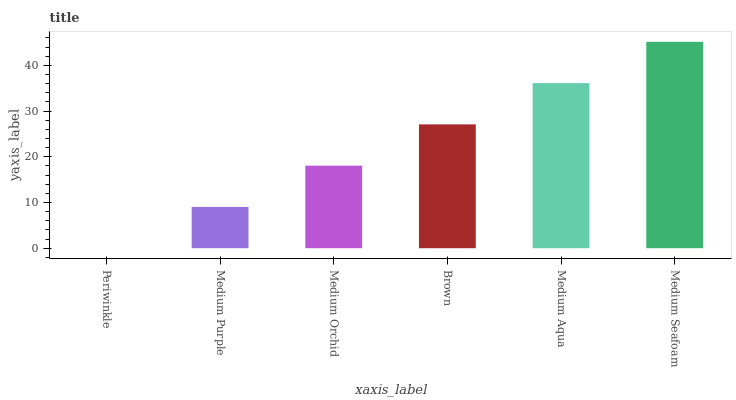
| xaxis_label | bars |
 | --- | --- |
 | Periwinkle | 0 |
 | Medium Purple | 9.03 |
 | Medium Orchid | 18.1 |
 | Brown | 27.1 |
 | Medium Aqua | 36.1 |
 | Medium Seafoam | 45.1 |